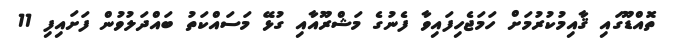
ތޮއްޑޫގައި ޤާއިމުކުރުމަށް ހަމަޖެހިފައިވާ ފެނުގެ މަޝްރޫއާއި ގުޅޭ މަސައްކަތު ބައްދަލުވުން ފަށައިފި 11